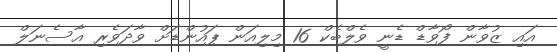
އައި ޒުވާން ފޯވާޑް ޑެނީ ވެލްބެކް 16 މިލިއަން ޕައުންޑަށް ވާދަވެރި އާސެނަލް